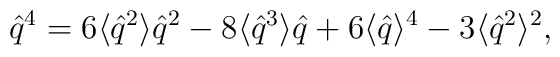
\hat{q}^4 = 6 \langle \hat{q}^2 \rangle \hat{q}^2 - 8 \langle \hat{q}^3\rangle \hat{q} + 6 \langle \hat{q} \rangle^4 - 3 \langle \hat{q}^2\rangle^2,